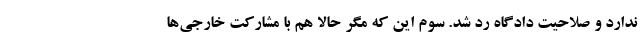
ندارد و صلاحیت دادگاه رد شد. سوم این که مگر حالا هم با مشارکت خارجی‌ها